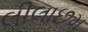
લીલાછમ